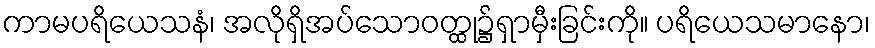
ကာမပရိယေသနံ၊ အလိုရှိအပ်သောဝတ္ထု၌ရှာမှီးခြင်းကို။ ပရိယေသမာနော၊